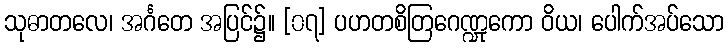
သုဓာတလေ၊ အင်္ဂတေ အပြင်၌။ [၀၇] ပဟတစိတြဂေဏ္ဍုကော ဝိယ၊ ပေါက်အပ်သော